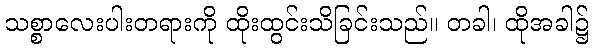
သစ္စာလေးပါးတရားကို ထိုးထွင်းသိခြင်းသည်။ တခါ၊ ထိုအခါ၌